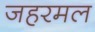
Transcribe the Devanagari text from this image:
जहरमल